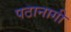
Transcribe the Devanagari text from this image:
पठानागी